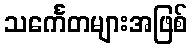
သင်္ကေတများအဖြစ်